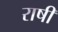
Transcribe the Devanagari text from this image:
राषी